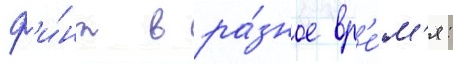
ф'и́нт в ра́зное вр'е́м'я: